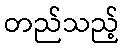
တည်သည့်